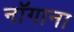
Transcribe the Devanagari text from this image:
नॉगाना